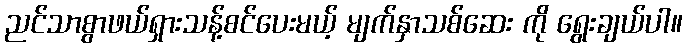
ညင်သာစွာဖယ်ရှားသန့်စင်ပေးမယ့် မျက်နှာသစ်ဆေး ကို ရွေးချယ်ပါ။